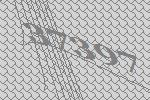
37397